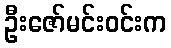
ဦးဇော်မင်းဝင်းက